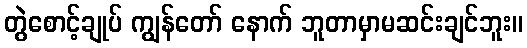
တွဲစောင့်ချုပ် ကျွန်တော် နောက် ဘူတာမှာမဆင်းချင်ဘူး။